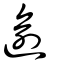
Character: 逾